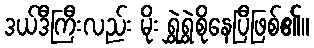
ဒယ်ဒီကြီးလည်း မိုး ရွှဲရွှဲစိုနေပြီဖြစ်၏။